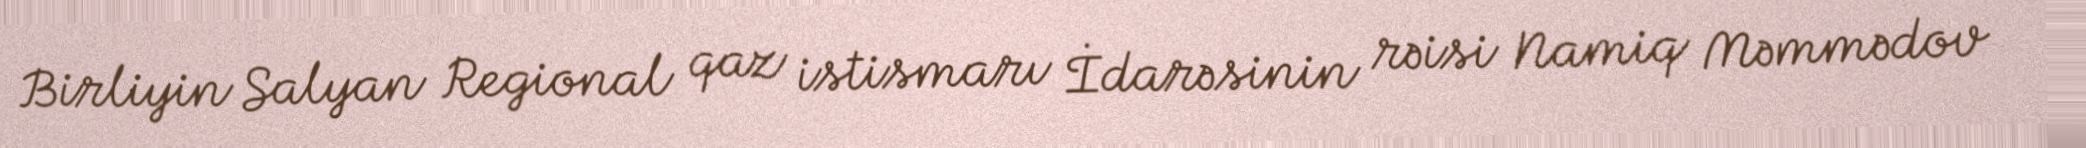
Birliyin Salyan Regional qaz istismarı İdarəsinin rəisi Namiq Məmmədov